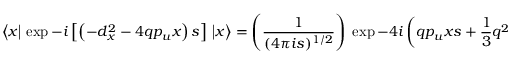
\big \langle x \big \vert \, \exp - i \left[ \left( - d _ { x } ^ { 2 } - 4 q p _ { u } x \right) s \right] \, \big \vert x \big \rangle = \left( { \frac { 1 } { ( 4 \pi i s ) ^ { 1 / 2 } } } \right) \; \exp - 4 i \left( q p _ { u } x s + { \frac { 1 } { 3 } } q ^ { 2 } p _ { u } ^ { 2 } s ^ { 3 } \right) .